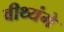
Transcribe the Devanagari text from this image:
वीथ्यंगे